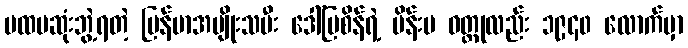
ပထမဆုံးဘွဲ့ရတဲ့ မြန်မာအမျိုးသမီး ဒေါ်မြစိန်ရဲ့ မိန်းမ ဝတ္ထုလည်း ၁၉၄၀ လောက်မှာ